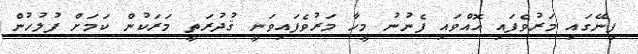
ފިނޭގައި މަރުވެފައި އޮއްވައި ފެނުނު މީހާ މަރުވެފައިވަނީ ޤުދުރަތީ މަަރަކުން ކަމަށް ފުލުހުން